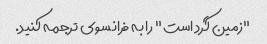
"زمین گرد است" را به فرانسوی ترجمه کنید.